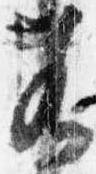
若